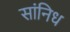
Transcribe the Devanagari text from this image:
सांनिध